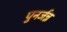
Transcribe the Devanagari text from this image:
पुनर्जन्न